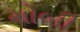
મોબી